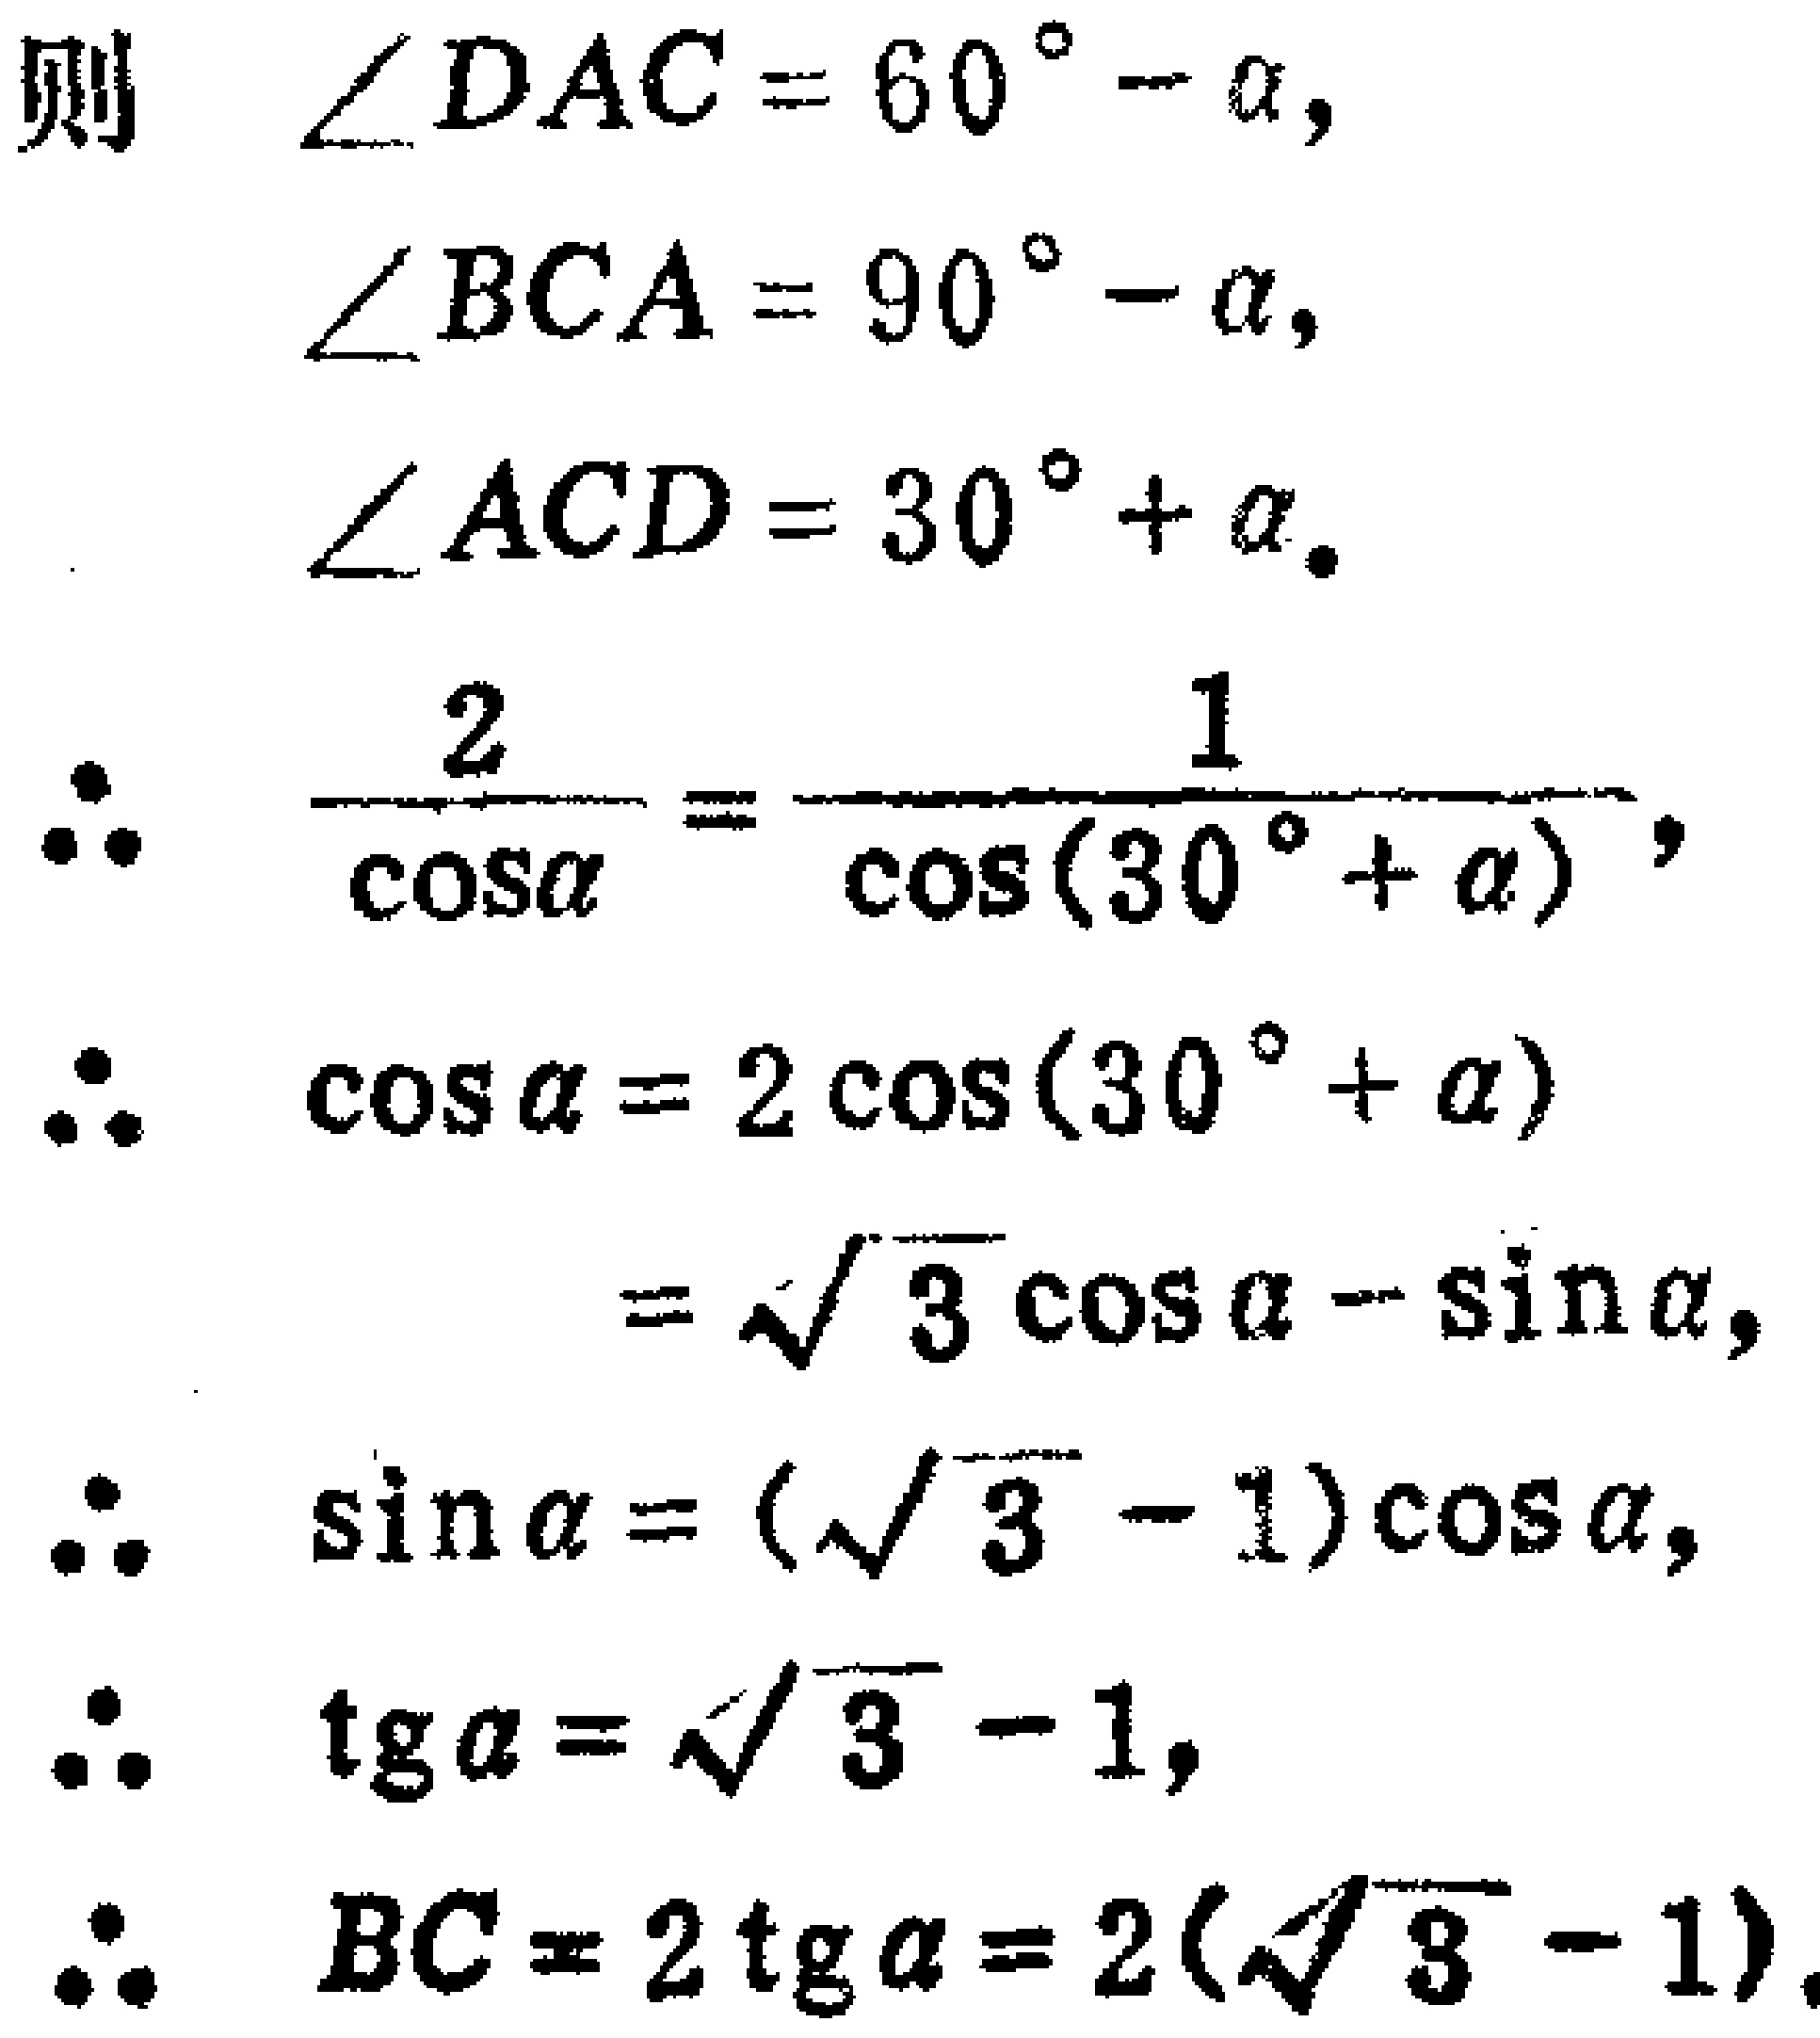
则
\begin{align*}
\angle DAC&=60^{\circ}-\alpha,\\
\angle BCA&=90^{\circ}-\alpha,\\
\angle ACD&=30^{\circ}+\alpha.
\end{align*}
\begin{align*}
\therefore \frac{2}{\cos\alpha}&=\frac{1}{\cos(30^{\circ}+\alpha)},\\
\therefore \cos\alpha&=2\cos(30^{\circ}+\alpha)\\
&=\sqrt{3}\cos\alpha - \sin\alpha,\\
\therefore \sin\alpha&=(\sqrt{3}-1)\cos\alpha,\\
\therefore \text{tg}\alpha&=\sqrt{3}-1,\\
\therefore BC&=2\text{tg}\alpha = 2(\sqrt{3}-1).
\end{align*}